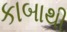
કાબાથી